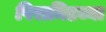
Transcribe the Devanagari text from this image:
पिरामिडच्या